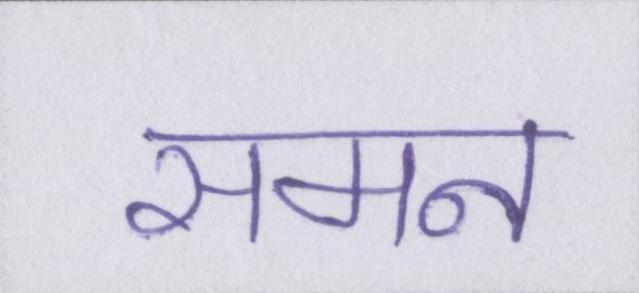
समन